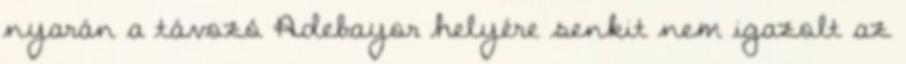
nyarán a távozó Adebayor helyére senkit nem igazolt az